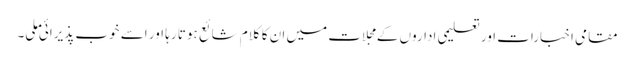
مقامی اخبارات اور تعلیمی اداروں کے مجلات میں ان کا کلام شائع ہوتا رہا اور اسے خوب پذیرائی ملی۔